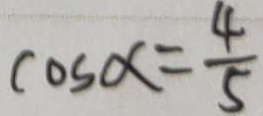
\cos \alpha = \frac { 4 } { 5 }